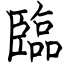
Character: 臨